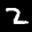
Label: 2